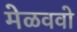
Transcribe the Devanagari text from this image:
मेळववो